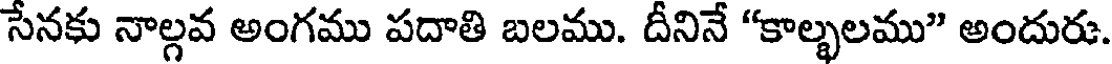
సేనకు నాల్గవ అంగము పదాతి బలము. దీనినే "కాల్భలము" అందురు.